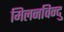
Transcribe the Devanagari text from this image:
मिलनविन्दु